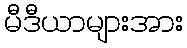
မီဒီယာများအား